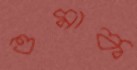
ওমাক